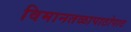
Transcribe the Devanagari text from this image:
विमानतळापाठोपाठ